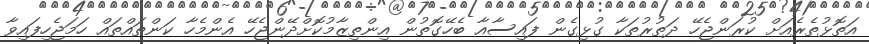
އަތޮޅުތެރެއަށް ކުރަންޖެހޭ ދަތުރުތަކާ ގުޅިގެން ފައިސާއާ ބެހޭގޮތުން އިންތިޒާމުކޮށްދޭންޖެހޭ އެންމެހާ ކަންތައްތައް ހަމަޖެހިފައިވާ